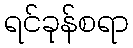
ရင်ခုန်စရာ